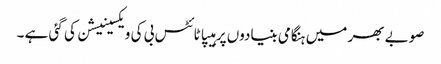
صوبے بھر میں ہنگامی بنیادوں پر ہیپاٹائٹس بی کی ویکسینیشن کی گئی ہے ۔